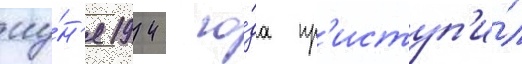
иу́н'я 1942 го́да пр'иступ'и́л